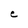
Character: C